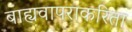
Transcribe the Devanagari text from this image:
बाह्यवापराकरिता